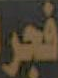
فجر